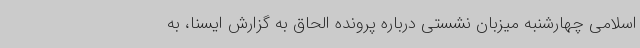
اسلامی چهارشنبه میزبان نشستی درباره پرونده الحاق به گزارش ایسنا، به